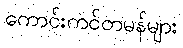
ကောင်းကင်တမန်များ